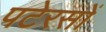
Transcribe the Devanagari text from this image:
पटेरसों